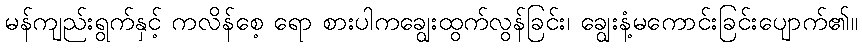
မန်ကျည်းရွက်နှင့် ကလိန်စေ့ ရော စားပါကချွေးထွက်လွန်ခြင်း၊ ချွေးနံ့မကောင်းခြင်းပျောက်၏။